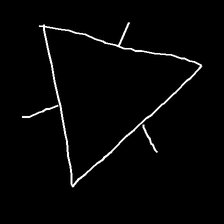
Glyph: fire